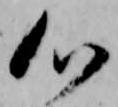
心